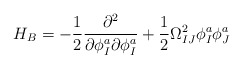
\begin{align*}H_{B}=-\frac{1}{2}\frac{\partial^{2}}{\partial \phi_{I}^{a}\partial \phi_{I}^{a}} + \frac{1}{2}\Omega^{2}_{IJ}\phi_{I}^{a}\phi_{J}^{a}\end{align*}